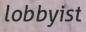
lobbyist